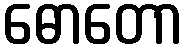
ဓောတော